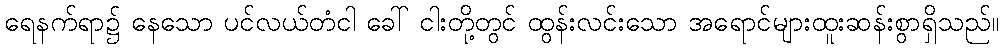
ရေနက်ရာ၌ နေသော ပင်လယ်တံငါ ခေါ် ငါးတို့တွင် ထွန်းလင်းသော အရောင်များထူးဆန်းစွာရှိသည်။